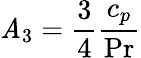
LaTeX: \mathit{A}_{3}=\frac{{3}}{{4}}\frac{{c_{p}}}{{\operatorname*{Pr}}}